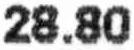
28.80